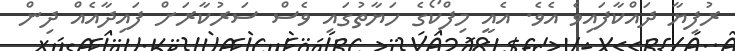
ރުފިޔާ ދައްކާފައިވެ އެވެ. އެއީ މިފްކޯގެ ހަޔާތުގައި ވެސް ސަރުކާރަށް ފައިދާއެއް ދިން